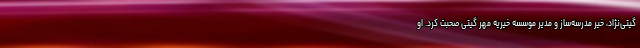
گیتی‌نژاد، خیر مدرسه‌ساز و مدیر موسسه خیریه مهر گیتی صحبت کرد. او